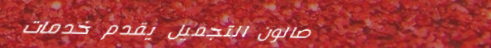
صالون التجميل يقدم خدمات